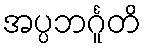
အပ္ပဘင်္ဂူတိ